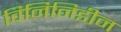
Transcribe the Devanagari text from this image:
विनिनिडीन